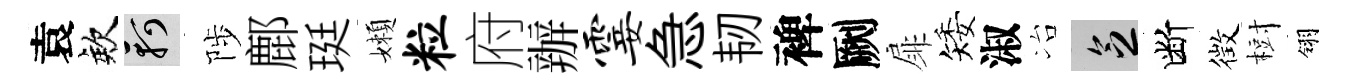
袁欸軻陟鄜珽嬾粒府辦霎急韧裨劂扉矮淑冶乏断徴𣗳翎